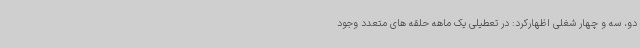
دو، سه و چهار شغلی اظهارکرد: در تعطیلی یک ماهه حلقه های متعدد وجود